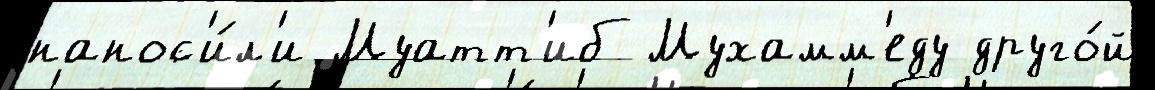
нанос'и́л'и Муатт'иб Мухамм'еду друго́й